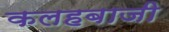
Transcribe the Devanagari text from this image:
कलहबाजी